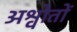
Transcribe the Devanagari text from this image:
अश्वोतों